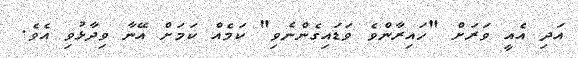
އަދި އެއީ ވަރަށް "ހައިރާންވެ ވަޑައިގެންނެވި" ކަމެއް ކަމަށް އޭނާ ވިދާޅުވި އެވެ.